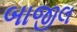
બાજીલ